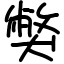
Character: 獘